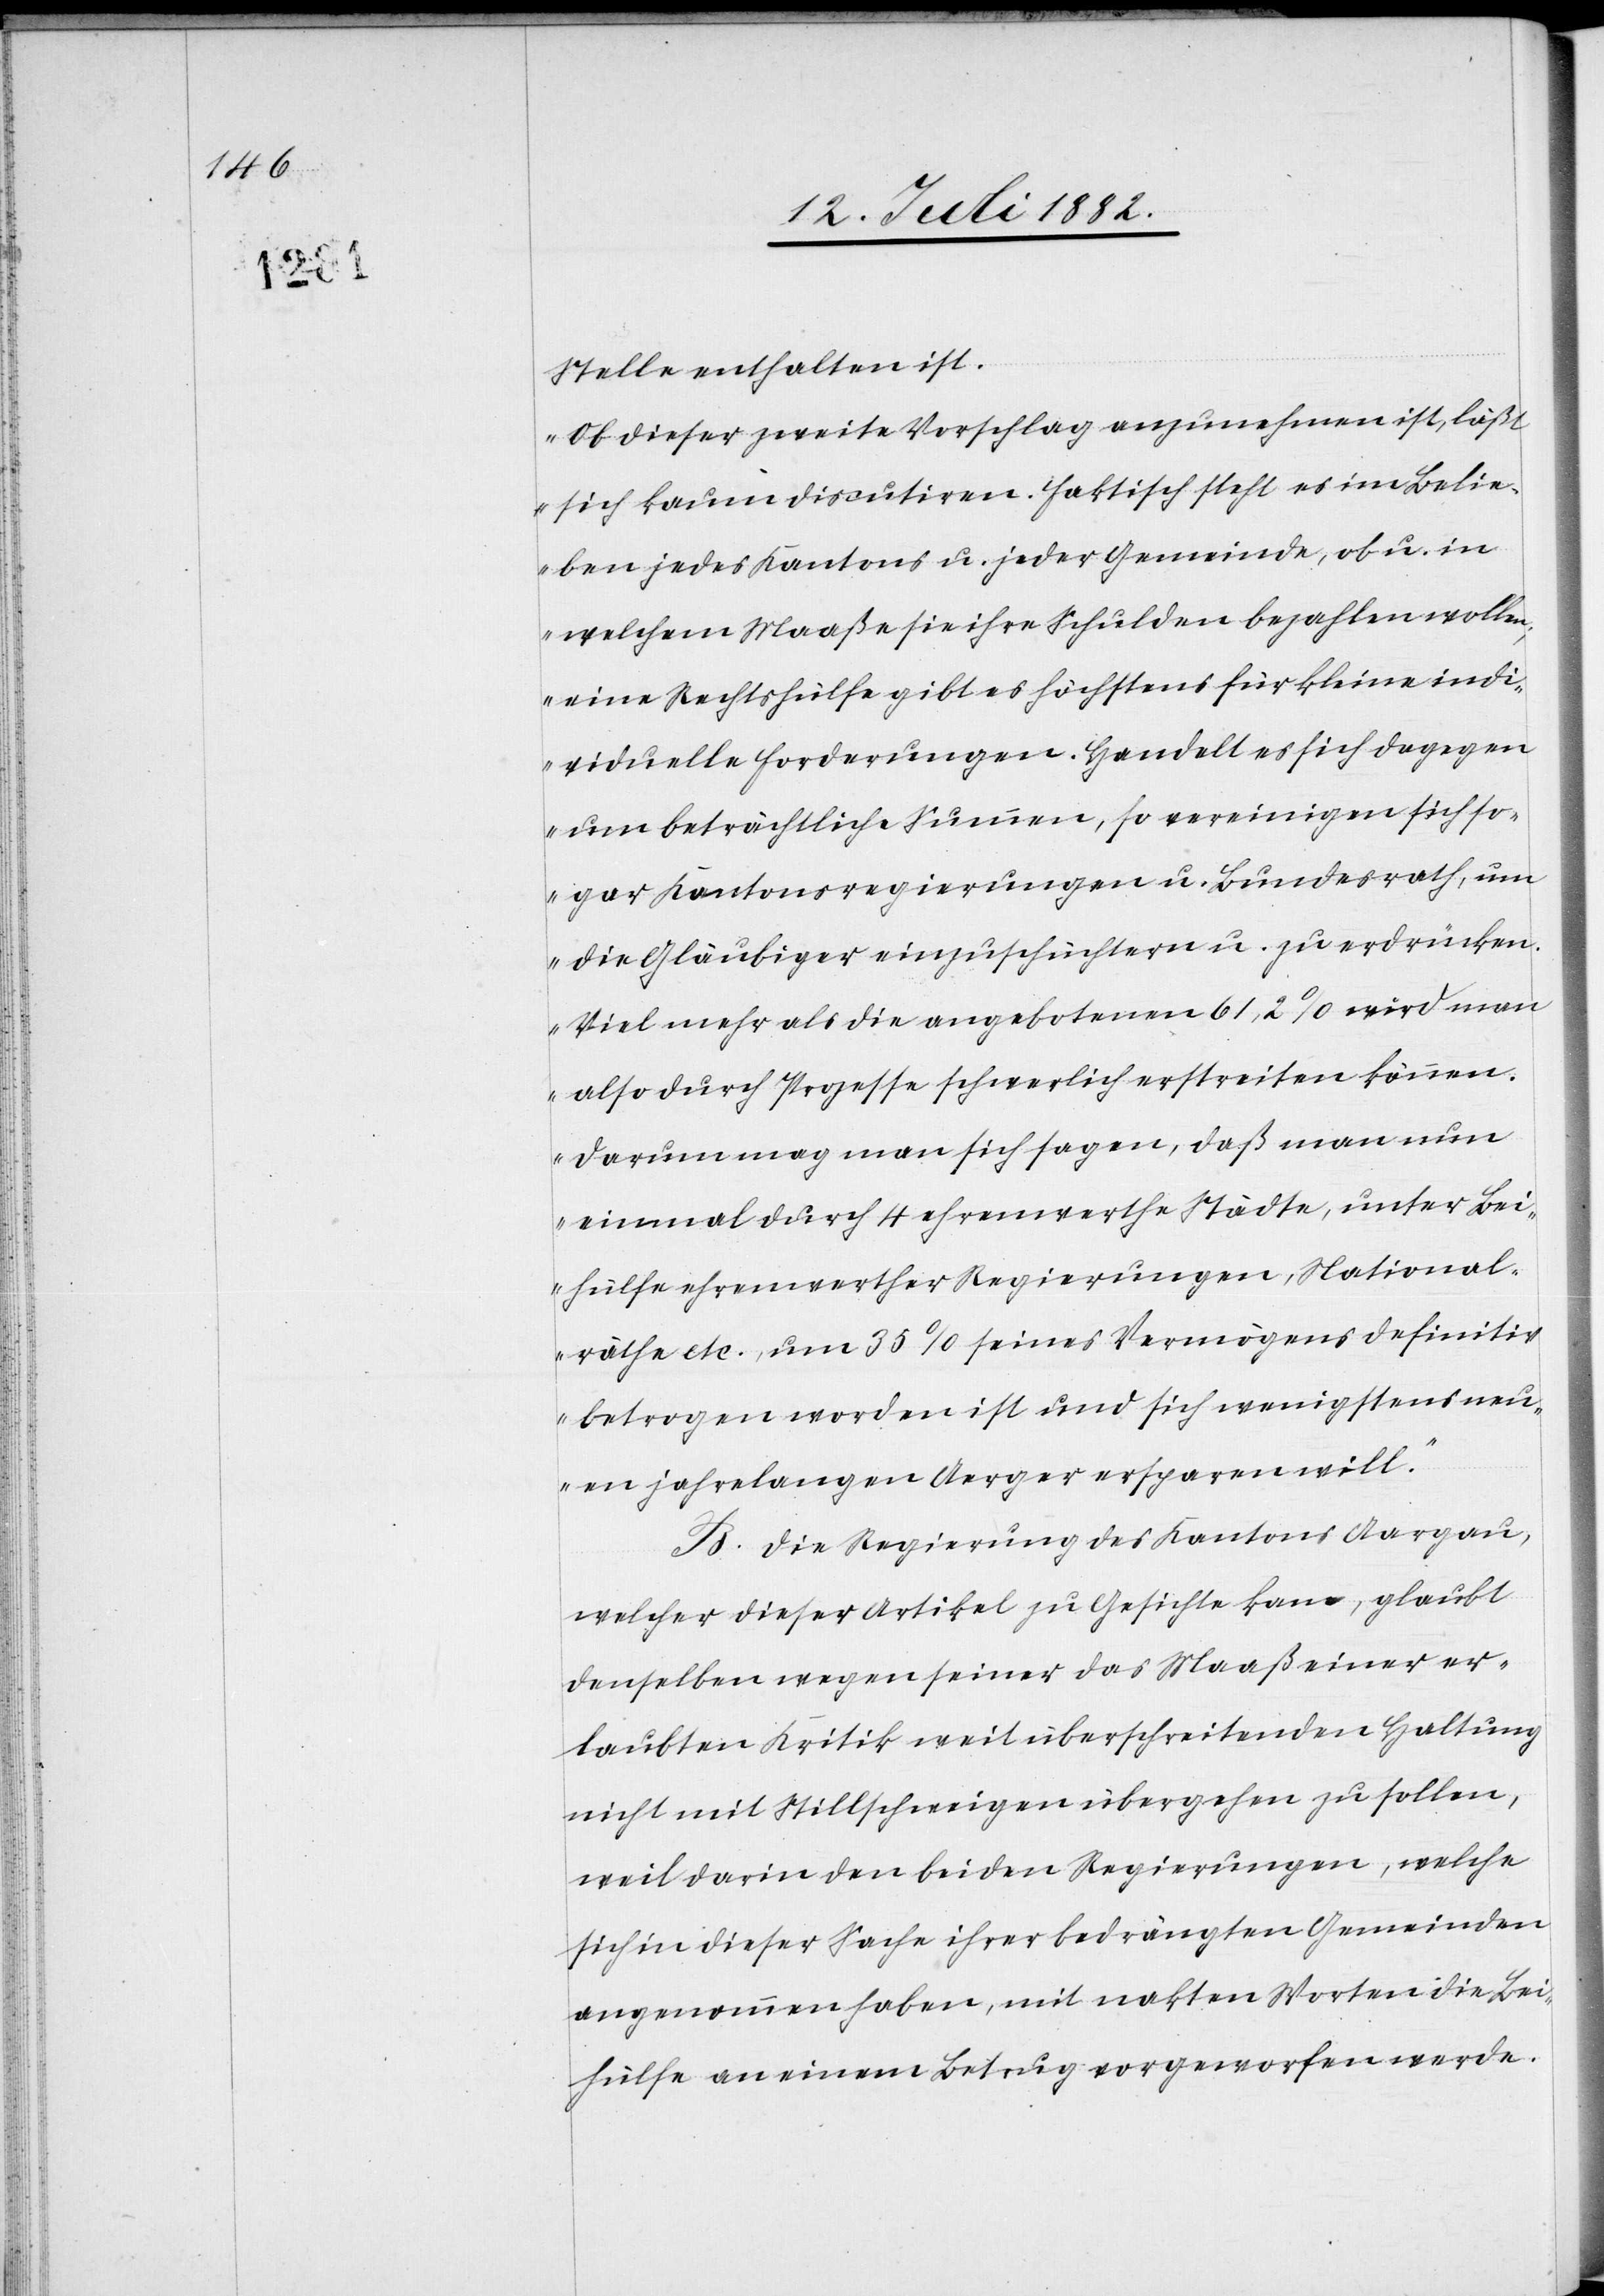
Stelle enthalten ist.
„Ob dieser zweite Vorschlag anzunehmen ist, läßt
sich kaum discutiren. Faktisch steht es im Belie¬
ben jedes Kantons u. jeder Gemeinde, ob u. in
welchem Maaße sie ihre Schulden bezahlen wollen;
eine Rechtshülfe gibt es höchstens für kleine indi¬
viduelle Forderungen. Handelt es sich dagegen
um beträchtliche Summen, so vereinigen sich so¬
gar Kantonsregierungen u. Bundesrath, um
die Gläubiger einzuschüchtern u. zu erdrücken.
Viel mehr als die angebotenen 61,2% wird man
also durch Prozesse schwerlich erstreiten können.
Darum mag man sich sagen, daß man nun
einmal durch 4 ehrenwerthe Städte, unter Bei¬
hülfe ehrenwerther Regierungen, National¬
räthe etc., um 35% seines Vermögens definitiv
betrogen worden ist und sich wenigstens neu¬
en jahrelangen Aerger ersparen will.“
B. Die Regierung des Kantons Aargau,
welcher dieser Artikel zu Gesichte kam, glaubt
denselben wegen seiner das Maaß einer er¬
laubten Kritik weit überschreitenden Haltung
nicht mit Stillschweigen übergehen zu sollen,
weil darin den beiden Regierungen, welche
sich in dieser Sache ihrer bedrängten Gemeinden
angenommen haben, mit nakten Worten die Bei¬
hülfe an einem Betrug vorgeworfen werde.